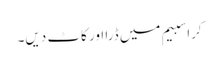
کراسبیم میں ڈرا اور کاٹ دیں۔